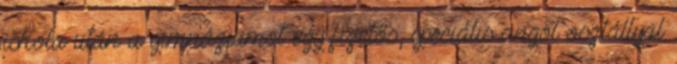
iskola után a gimnáziumot egy fizetős, speciális angol osztállyal